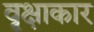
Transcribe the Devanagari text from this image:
वृक्षाकार